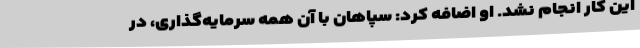
این کار انجام نشد. او اضافه کرد:‌ سپاهان با آن همه سرمایه‌گذاری، در